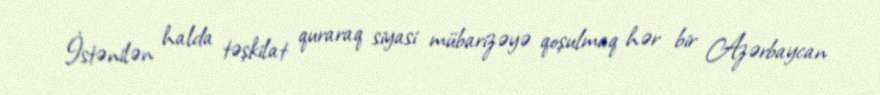
İstənilən halda təşkilat quraraq siyasi mübarizəyə qoşulmaq hər bir Azərbaycan